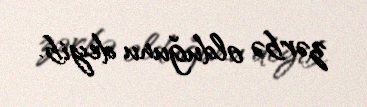
zərbə olduğunu deyib.